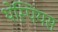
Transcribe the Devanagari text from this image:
थेस्पियस